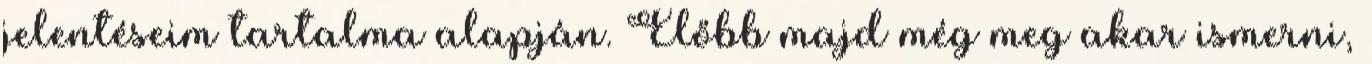
jelentéseim tartalma alapján. Előbb majd még meg akar ismerni,